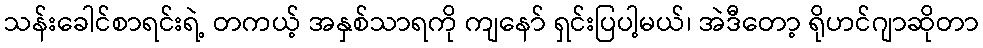
သန်းခေါင်စာရင်းရဲ့ တကယ့် အနှစ်သာရကို ကျနော် ရှင်းပြပါ့မယ်၊ အဲဒီတော့ ရိုဟင်ဂျာဆိုတာ